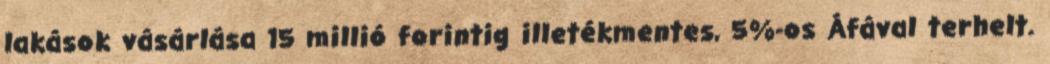
lakások vásárlása 15 millió forintig illetékmentes, 5%-os Áfával terhelt.